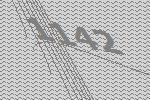
1142